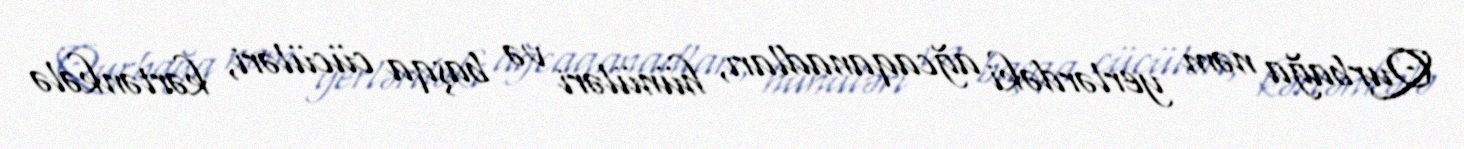
Qurbağa nəm yerlərdəki ağcaqanadları, hünüləri və başqa cücüləri, kərtənkələ